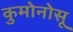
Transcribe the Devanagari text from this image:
कुमोनोसू